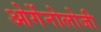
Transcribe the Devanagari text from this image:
ओर्गेनोलोजी